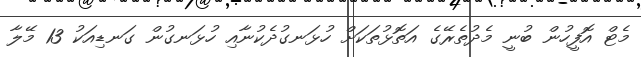
މެޓް އޮފީހުން ބުނީ މެދުތެރޭގެ އަތޮޅުތަކަށް ހުޅަނގުދެކުނާއި ހުޅަނގުން ގަނޑިއަކު 13 މޭލާ